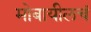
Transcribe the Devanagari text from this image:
मोबायीलचं